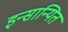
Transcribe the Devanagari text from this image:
इन्सान्यित